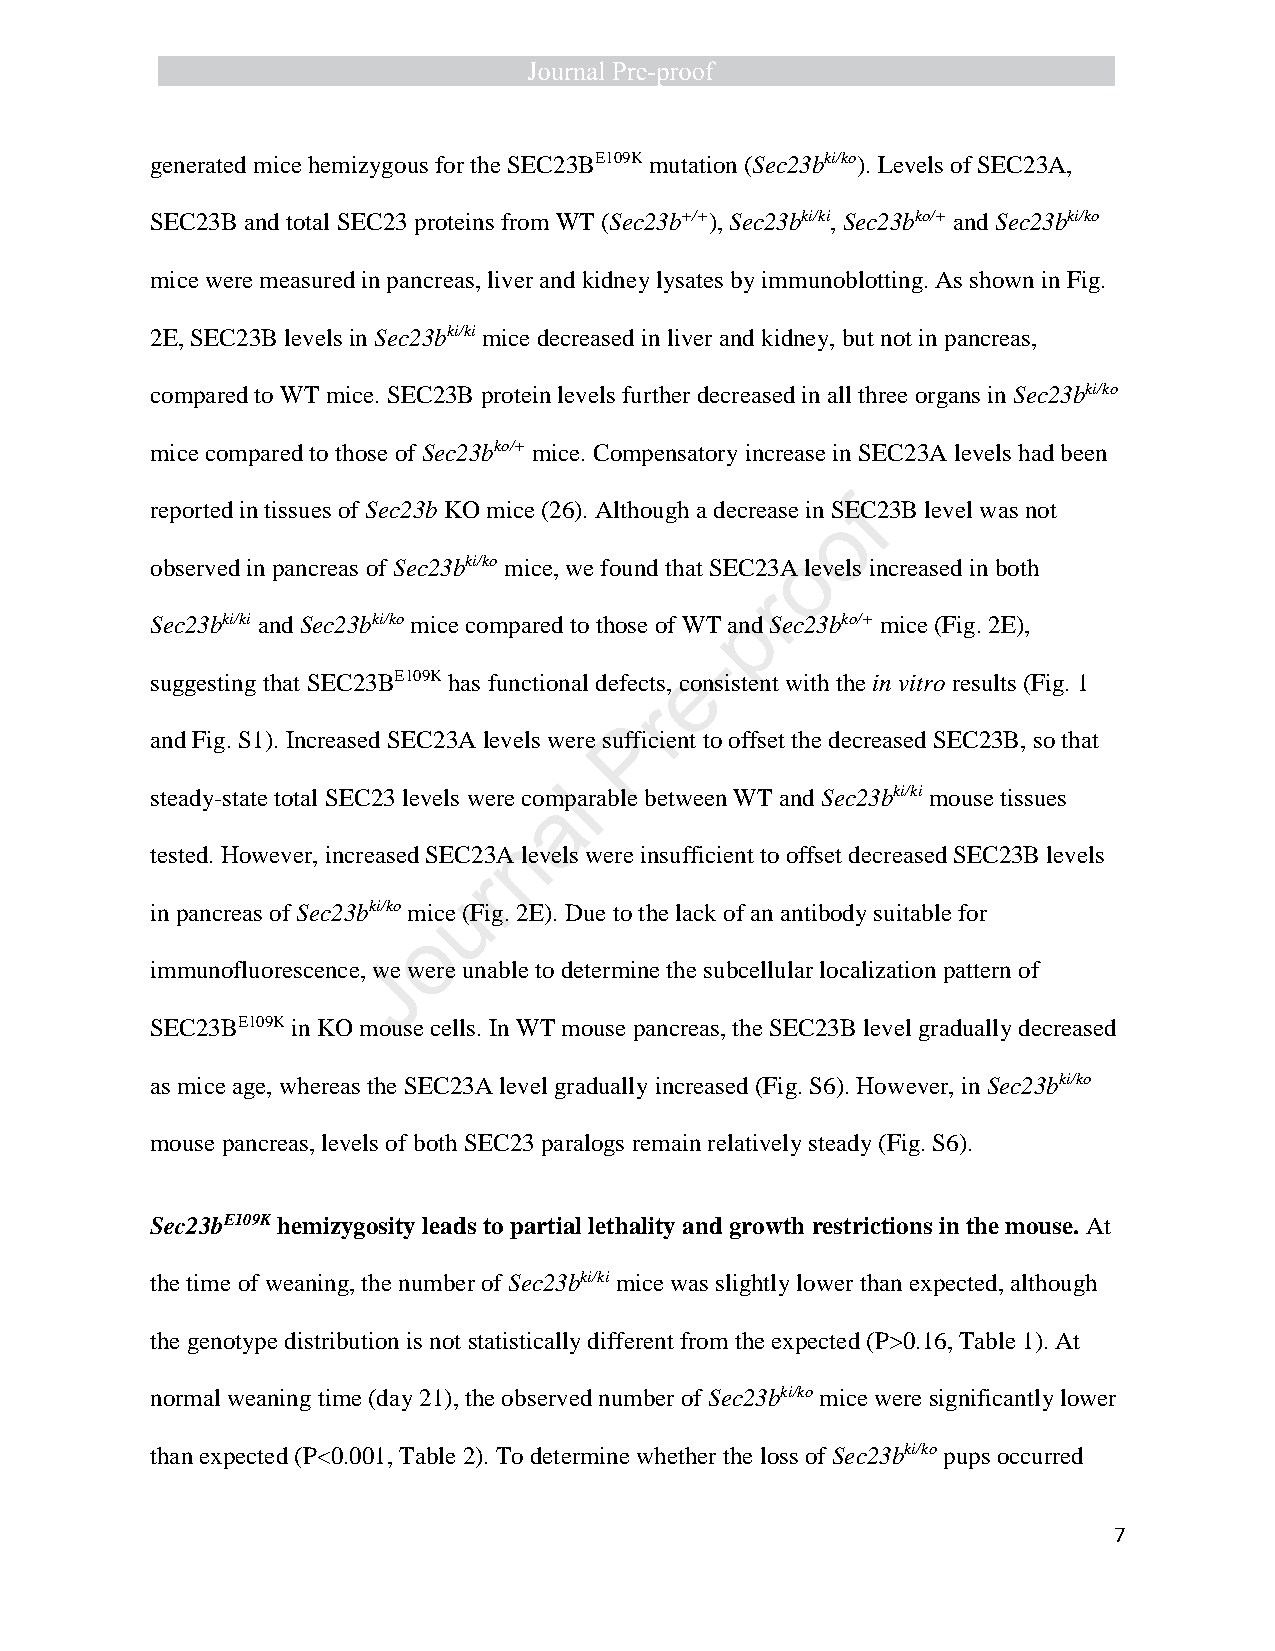
generated mice hemizygous for the SEC23BE109K mutation (Sec23bki/ko). Levels of SEC23A,
 SEC23B and total SEC23 proteins from WT (Sec23b+/+), Sec23bki/ki, Sec23bko/+ and Sec23bki/ko
 mice were measured in pancreas, liver and kidney lysates by immunoblotting. As shown in Fig.
 2E, SEC23B levels in Sec23bki/ki mice decreased in liver and kidney, but not in pancreas,
 compared to WT mice. SEC23B protein levels further decreased in all three organs in Sec23bki/ko
 mice compared to those of Sec23bko/+ mice. Compensatory increase in SEC23A levels had been
 reported in tissues of Sec23b KO mice (26). Although a decrease in SEfC23B level was not
 o
 observed in pancreas of Sec23bki/ko mice, we found that SEC23A o levels increased in both
 r
 Sec23bki/ki and Sec23bki/ko mice compared to those of WT anp d Sec23bko/+ mice (Fig. 2E),
 -
 suggesting that SEC23BE109K has functional defects, ce onsistent with the in vitro results (Fig. 1
 r
 P
 and Fig. S1). Increased SEC23A levels were sufficient to offset the decreased SEC23B, so that
 steady-state total SEC23 levels were complarable between WT and Sec23bki/ki mouse tissues
 a
 n
 tested. However, increased SEC23A levels were insufficient to offset decreased SEC23B levels
 r
 u
 in pancreas of Sec23bki/ko mice (Fig. 2E). Due to the lack of an antibody suitable for
 o
 immunofluorescence, wJe were unable to determine the subcellular localization pattern of
 SEC23BE109K in KO mouse cells. In WT mouse pancreas, the SEC23B level gradually decreased
 as mice age, whereas the SEC23A level gradually increased (Fig. S6). However, in Sec23bki/ko
 mouse pancreas, levels of both SEC23 paralogs remain relatively steady (Fig. S6).
 Sec23bE109K hemizygosity leads to partial lethality and growth restrictions in the mouse. At
 the time of weaning, the number of Sec23bki/ki mice was slightly lower than expected, although
 the genotype distribution is not statistically different from the expected (P>0.16, Table 1). At
 normal weaning time (day 21), the observed number of Sec23bki/ko mice were significantly lower
 than expected (P<0.001, Table 2). To determine whether the loss of Sec23bki/ko pups occurred
 7